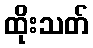
ထိုးသတ်